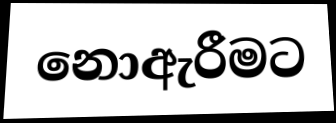
නොඇරීමට